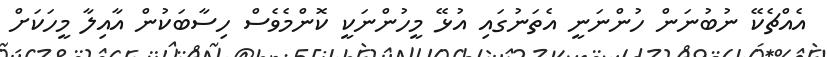
އެއްޗެކޭ ނުބުނަން ހުންނަނީ އެތަނުގައި އުޅޭ މީހުންނަކީ ކޮންމެވެސް ހިސާބަކުން އާއިލާ މީހަކަށް